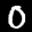
Label: 0